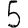
Digit: 5